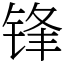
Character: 锋